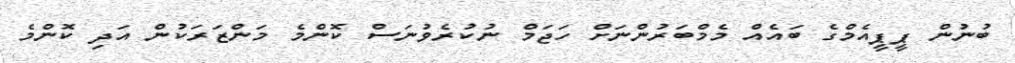
ބުނުން ޕީޕީއެމްގެ ބައެއް މެމްބަރުންނަށް ހަޖަމް ނުކުރެވުނަސް ކޮންމެ މަންޒަރަކުން އަދި ކޮންމެ